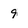
Character: 9